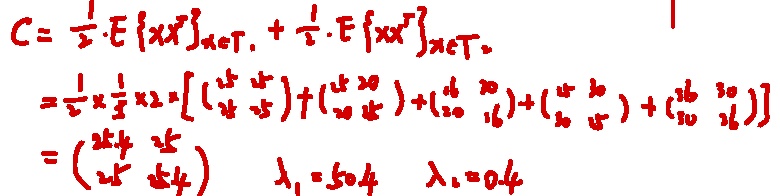
\[
\begin{align*}
C&=\frac{1}{2}\cdot E\{xx^T\}_{x\in T_1}+\frac{1}{2}\cdot E\{xx^T\}_{x\in T_2}\\
&=\frac{1}{2}\times\frac{1}{3}\times2\times\left(\begin{pmatrix}15&15\\15&15\end{pmatrix}+\begin{pmatrix}15&30\\30&15\end{pmatrix}+\begin{pmatrix}4&30\\30&16\end{pmatrix}+\begin{pmatrix}14&30\\30&14\end{pmatrix}+\begin{pmatrix}16&30\\30&16\end{pmatrix}\right)\\
&=\begin{pmatrix}244&25\\25&244\end{pmatrix}\quad \lambda_1 = 504\quad\lambda_2 = 4
\end{align*}
\]